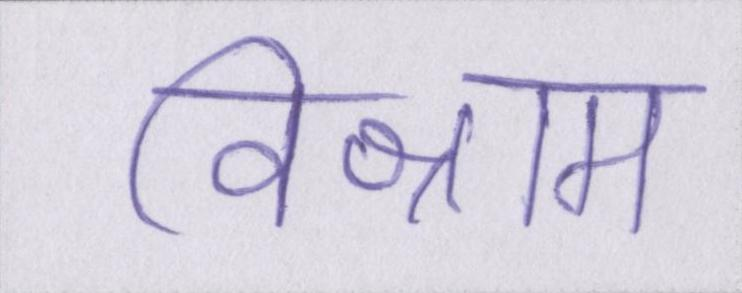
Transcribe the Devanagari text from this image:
विश्राम